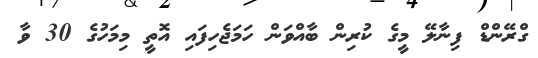
ގްރޭންޑް ފިނާލޭ މީގެ ކުރިން ބާއްވަން ހަމަޖެހިފައި އޮތީ މިމަހުގެ 30 ވާ